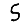
Digit: 5